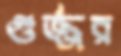
গুর্জ্জর